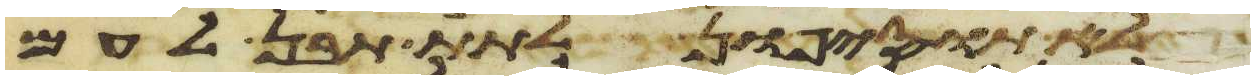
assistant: לא תוסיפון לתת תבן לעם